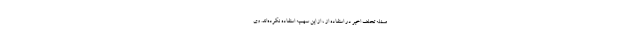
مسئله تخلف اخیر در استفاده از ، از این سهمیه استفاده نکرده‌اند. وی